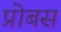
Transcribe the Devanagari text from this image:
प्रोबस